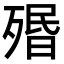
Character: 㱪